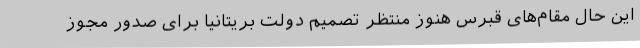
این حال مقام‌های قبرس هنوز منتظر تصمیم دولت بریتانیا برای صدور مجوز